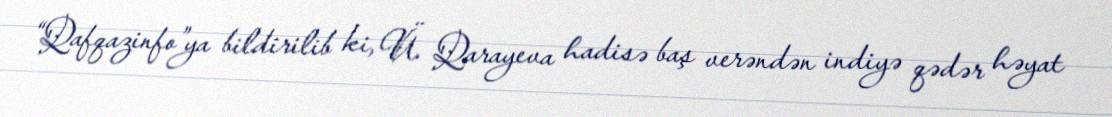
“Qafqazinfo”ya bildirilib ki, Ü. Qarayeva hadisə baş verəndən indiyə qədər həyat